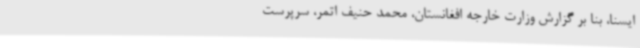
ایسنا، بنا بر گزارش وزارت خارجه افغانستان، محمد حنیف اتمر، سرپرست